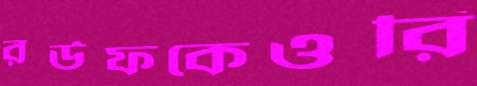
রউফকেওরি